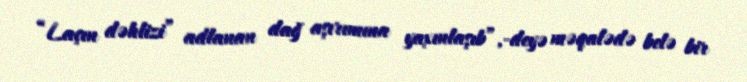
“Laçın dəhlizi” adlanan dağ aşırımına yaxınlaşıb”,-deyə məqalədə belə bir